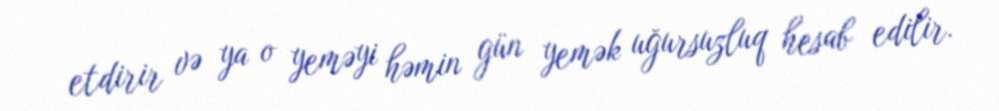
etdirir və ya o yeməyi həmin gün yemək uğursuzluq hesab edilir.